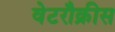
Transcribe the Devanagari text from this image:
वेटरौक्रीस